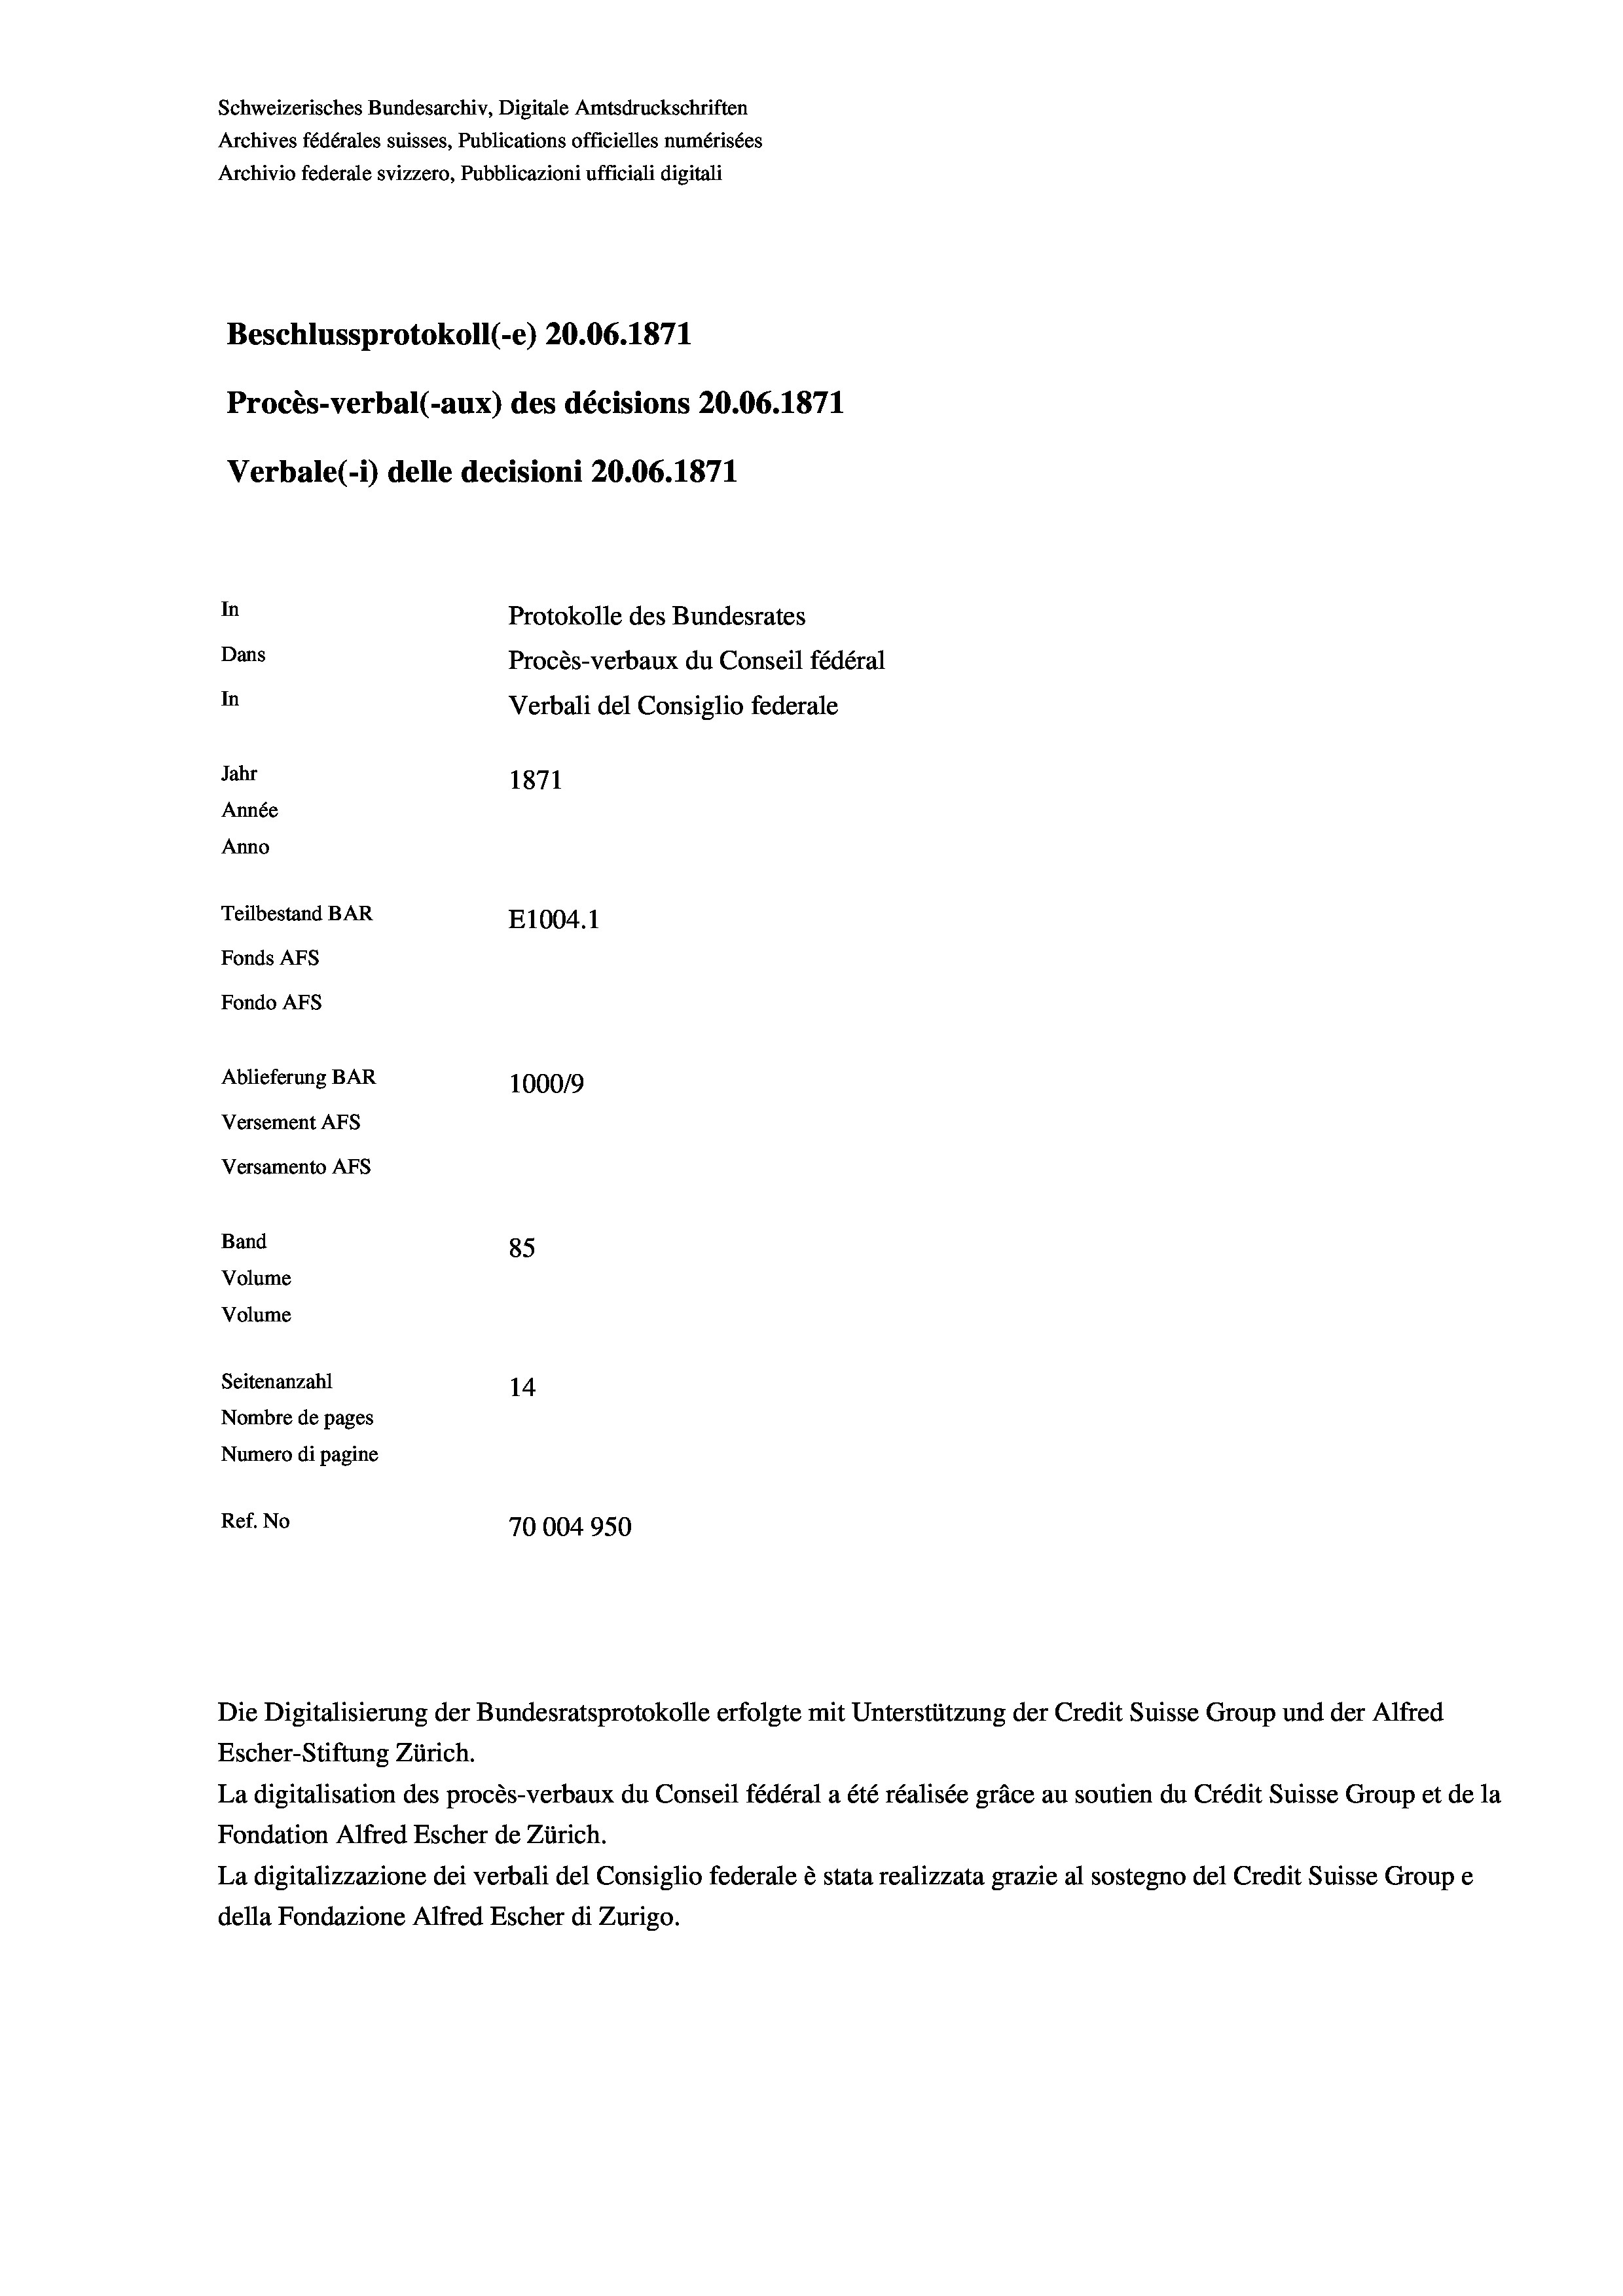
Schweizerisches Bundesarchiv, Digitale Amtsdruckschriften
Archives fédérales suisses, Publications officielles numérisées
Archivio federale svizzero, Pubblicazioni ufficiali digitali
Beschlussprotokoll (-e) 20.06. 1871
Procès-verbal (-aux) des décisions 20.06. 1871
Verbale (- 1) delle decisioni 20.06. 1871
In
Protokolle des Bundesrates
Dans
Procès-verbaux du Conseil fédéral
In
Verbali del Consiglio federale
Jahr
1871
Année
Anno
Teilbestand BAR
E1004.1
Fonds Afs
Fondo AFs
Ablieferung BAR
100019
Versement AFS
Versamento Afs
Band
85
Volume
Volume
Seitenanzahl
14
Nombre de pages
Numero di pagine
Ref. No
70004950

Escher-Stiftung Zürich.
La digitalisation des procès-verbaux du Conseil fédéral a été réalisée gräce au soutien du Crédit Suisse Group et de la
Fondation Alfred Escher de Zürich.
La digitalizzazione dei verbali del Consiglio federale è stata realizzata grazie al sostegno del Credit Suisse Groupe
della Fondazione Alfred Escher di Zurigo.

Die Digitalisierung der Bundesratsprotokolle erfolgte mit Unterstützung der Credit Suisse Group und der Alfred